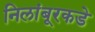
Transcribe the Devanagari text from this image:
निलांबूरकडे